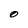
Character: O